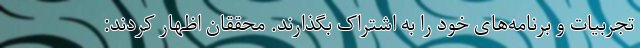
تجربیات و برنامه‌های خود را به اشتراک بگذارند. محققان اظهار کردند: